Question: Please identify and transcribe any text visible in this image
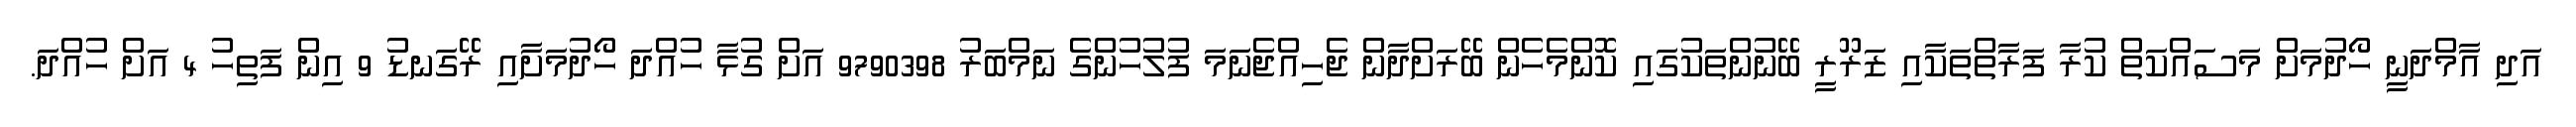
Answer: އަދި އާމްދަނީ ހޯދުމަށް މަސައްކަތް ކުރާ ފަރާތްތަކާއި ޒަރޫރީ ބޭނުންތަކުގައި ކޮންމެހެން ބޭރަށްދާން ޖެހިއްޖެނަމަ ފުލުހުންގެ ނަމްބަރު 9790398 އަށް ގުޅާ ހުއްދަ ހޯދުމަށާއި ރޭގަނޑު 9 އިން ފަތިހު 4 އަށް ހުއްދަ.